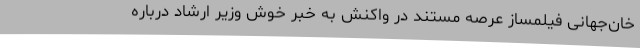
خان‌جهانی فیلمساز عرصه مستند در واکنش به خبر خوش وزیر ارشاد درباره